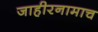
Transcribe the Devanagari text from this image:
जाहीरनामाच